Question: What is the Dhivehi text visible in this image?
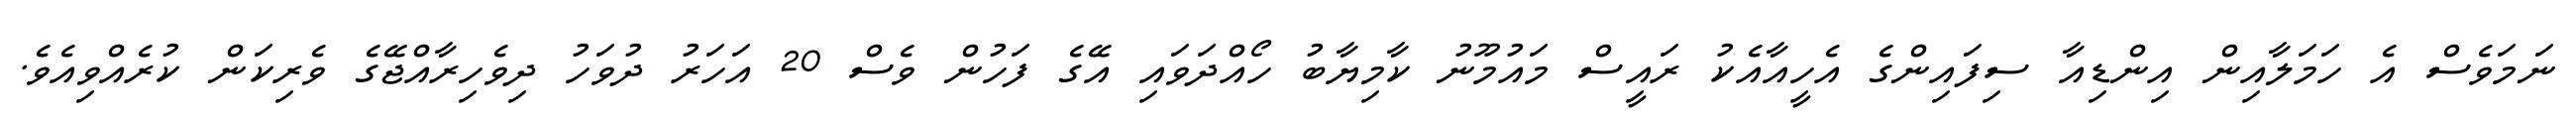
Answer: ނަމަވެސް އެ ހަމަލާއިން އިންޑިއާ ސިފައިންގެ އެހީއާއެކު ރައީސް މައުމޫނު ކާމިޔާބު ހޯއްދަވައި އޭގެ ފަހުން ވެސް 20 އަހަރު ދުވަހު ދިވެހިރާއްޖޭގެ ވެރިކަން ކުރެއްވިއެވެ.